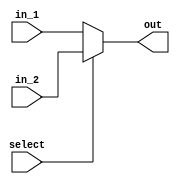
`timescale 1ns / 1ps
//////////////////////////////////////////////////////////////////////////////////
// Company: 
// Engineer: 
// 
// Design Name: 
// Module Name:    mux2 
// Project Name: 
// Target Devices: 
// Tool versions: 
// Description: 
//
// Dependencies: 
//
// Revision: 
// Revision 0.01 - File Created
// Additional Comments: 
//
//////////////////////////////////////////////////////////////////////////////////
module mux2(
	in_1,
	in_2,
	select,
	out
    );

input [31:0] in_1;
input [31:0]in_2;
input select;
output [31:0] out;

assign out = (select) ? in_2 : in_1;

endmodule